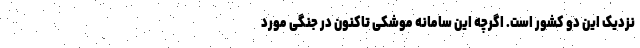
نزدیک این دو کشور است. اگرچه این سامانه موشکی تاکنون در جنگی مورد